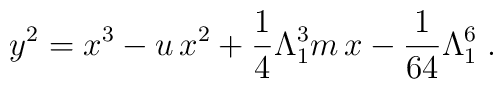
y^2=x^3-u\,x^2+ \frac{1}{4}\Lambda_{1}^3 m\,x-\frac{1}{64}\Lambda_{1}^{6}\;.